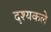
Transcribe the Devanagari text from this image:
दृश्यकले